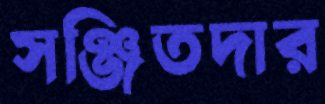
সঞ্জিতদার